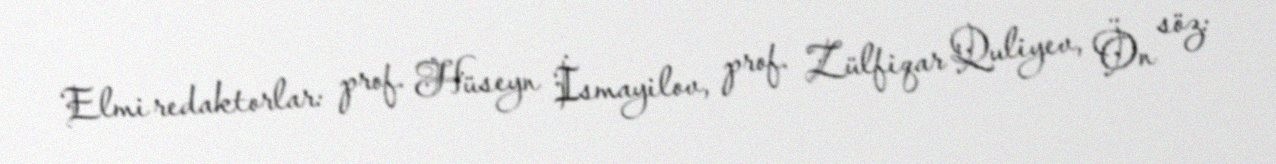
Elmi redaktorlar: prof. Hüseyn İsmayilov, prof. Zülfiqar Quliyev, Ön söz: